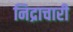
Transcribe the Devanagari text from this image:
निद्राचारी